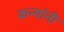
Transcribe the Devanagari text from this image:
कन्यांनी